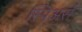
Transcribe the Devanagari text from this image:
स्पिअर्स